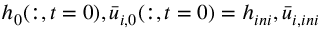
h _ { 0 } ( : , t = 0 ) , \bar { u } _ { i , 0 } ( : , t = 0 ) = h _ { i n i } , \bar { u } _ { i , i n i }